Senior Leaving Certificate Examination (including Day School Certificate (Higher) General paper), 1947
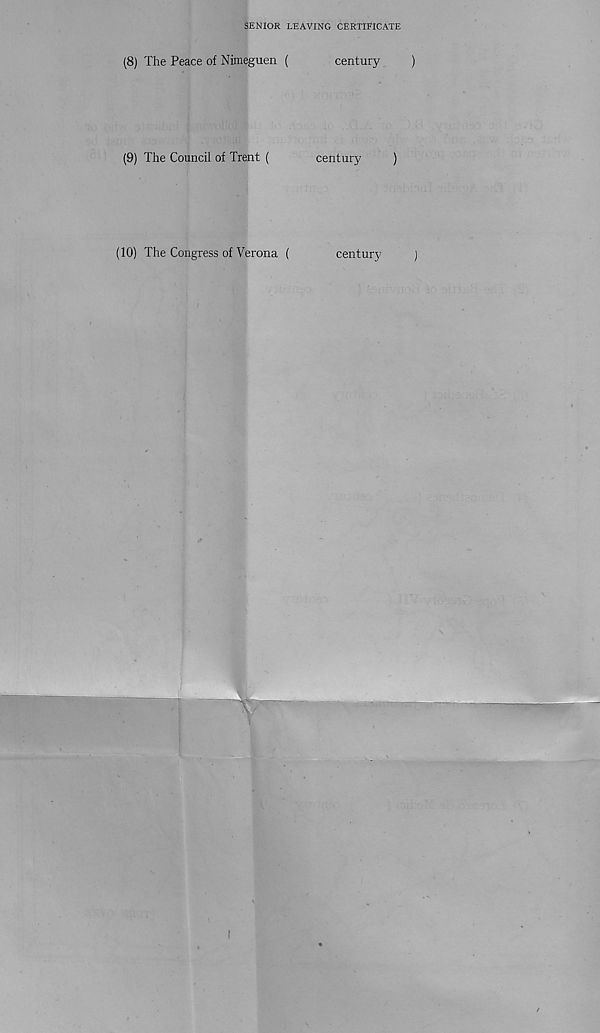
SENIOR LEAVING CERTIFICATE
(8) The Peace of Nimeguen (
(9) The Council of Trent (
century
century
)
(10) The Congress of Verona (
century